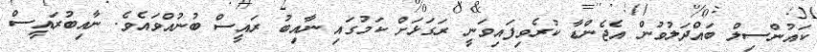
ކައުންސިލް ބައްދަލުވުން އެޖެންޑާ ކުރެވިފައިވަނީ ރަގަޅަށް ކަމުގައި ނާއިބު ރައީސް ބުނުއްވައެވެ. ނާއިބުރައީސް